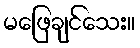
မဖြေချင်သေး။